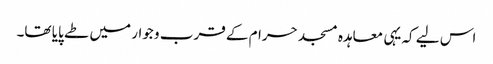
اس لیے کہ یہی معاہدہ مسجد حرام کے قرب و جوار میں طے پایا تھا۔